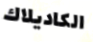
الكاديلاك